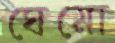
ঘেমো